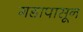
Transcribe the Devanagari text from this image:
गडापासून